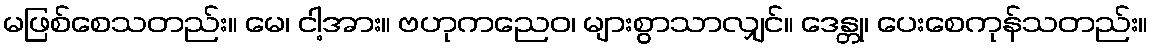
မဖြစ်စေသတည်း။ မေ၊ ငါ့အား။ ဗဟုကညေဝ၊ များစွာသာလျှင်။ ဒေန္တု၊ ပေးစေကုန်သတည်း။